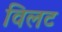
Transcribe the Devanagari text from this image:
विलट